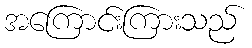
အကြောင်းကြားသည်